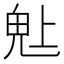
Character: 𬴾